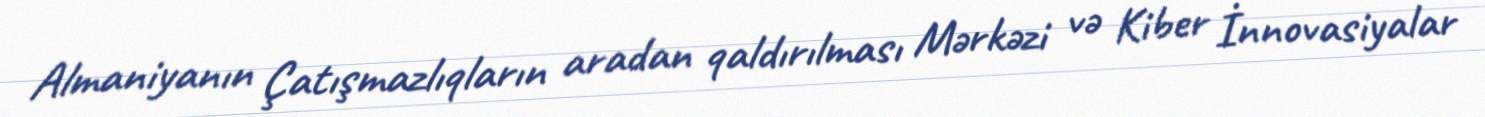
Almaniyanın Çatışmazlıqların aradan qaldırılması Mərkəzi və Kiber İnnovasiyalar